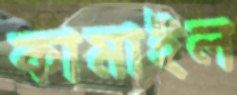
কামাইল